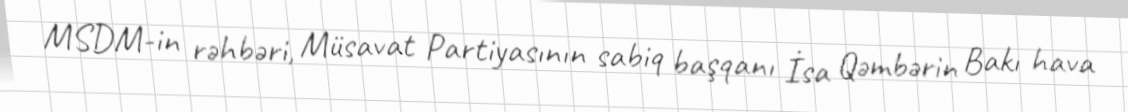
MSDM-in rəhbəri, Müsavat Partiyasının sabiq başqanı İsa Qəmbərin Bakı hava